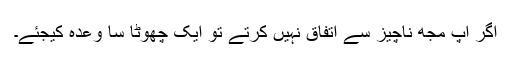
اگر آپ مجھ ناچیز سے اتفاق نہیں کرتے تو ایک چھوٹا سا وعدہ کیجئے۔